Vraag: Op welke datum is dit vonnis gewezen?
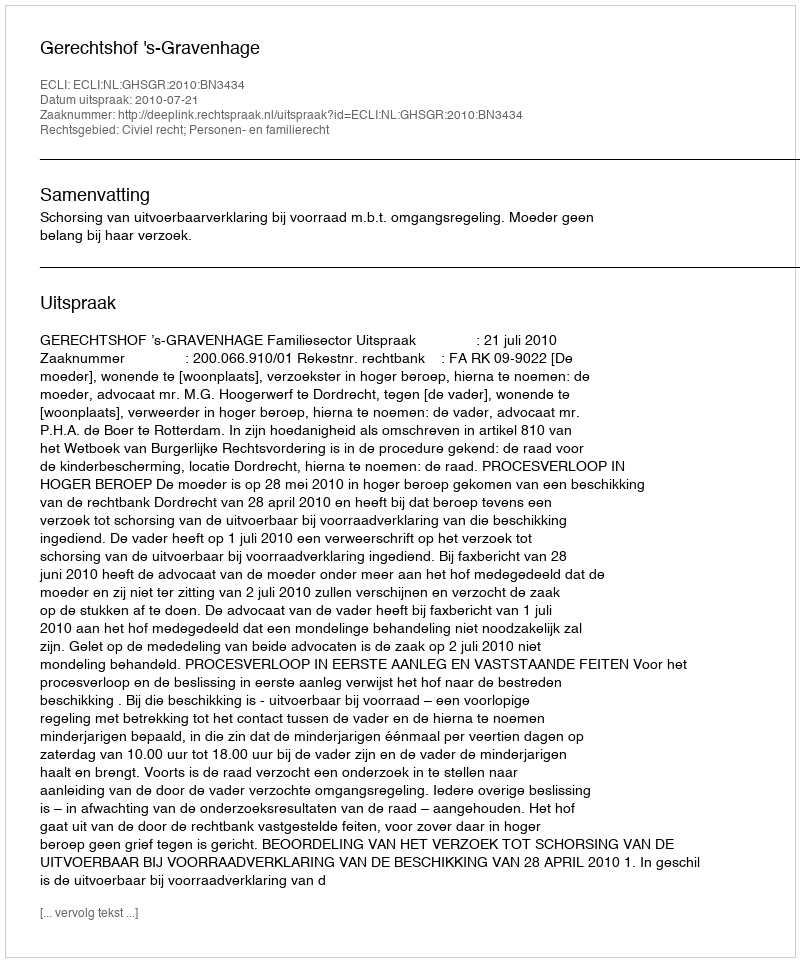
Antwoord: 2010-07-21